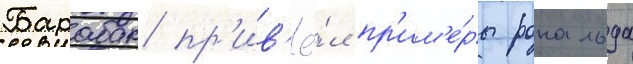
Барабак пр'ив'ё́л пр'им'е́ры рональда